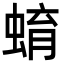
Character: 蜟